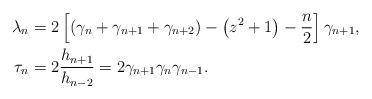
LaTeX: \begin{align*}\lambda_{n} & =2\left[ \left( \gamma_{n}+\gamma_{n+1}+\gamma_{n+2}\right)-\left( z^{2}+1\right) -\frac{n}{2}\right] \gamma_{n+1},\\\tau_{n} & =2\frac{h_{n+1}}{h_{n-2}}=2\gamma_{n+1}\gamma_{n}\gamma_{n-1}.\end{align*}